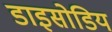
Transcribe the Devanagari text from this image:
डाइसोडिय